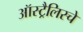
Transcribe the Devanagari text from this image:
ऑस्ट्रैलिस्चे